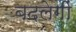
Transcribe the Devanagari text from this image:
बदलेगीं